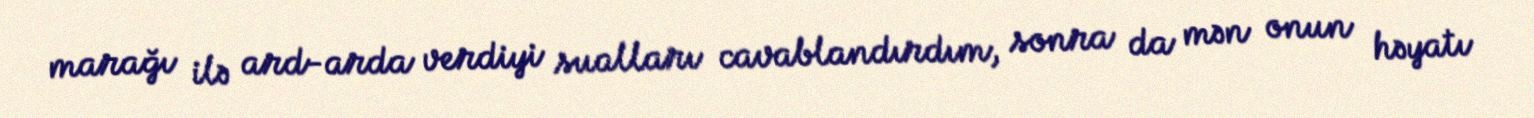
marağı ilə ard-arda verdiyi sualları cavablandırdım, sonra da mən onun həyatı